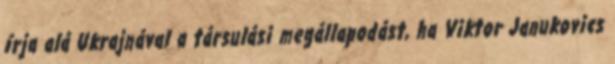
írja alá Ukrajnával a társulási megállapodást, ha Viktor Janukovics